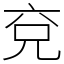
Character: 兗